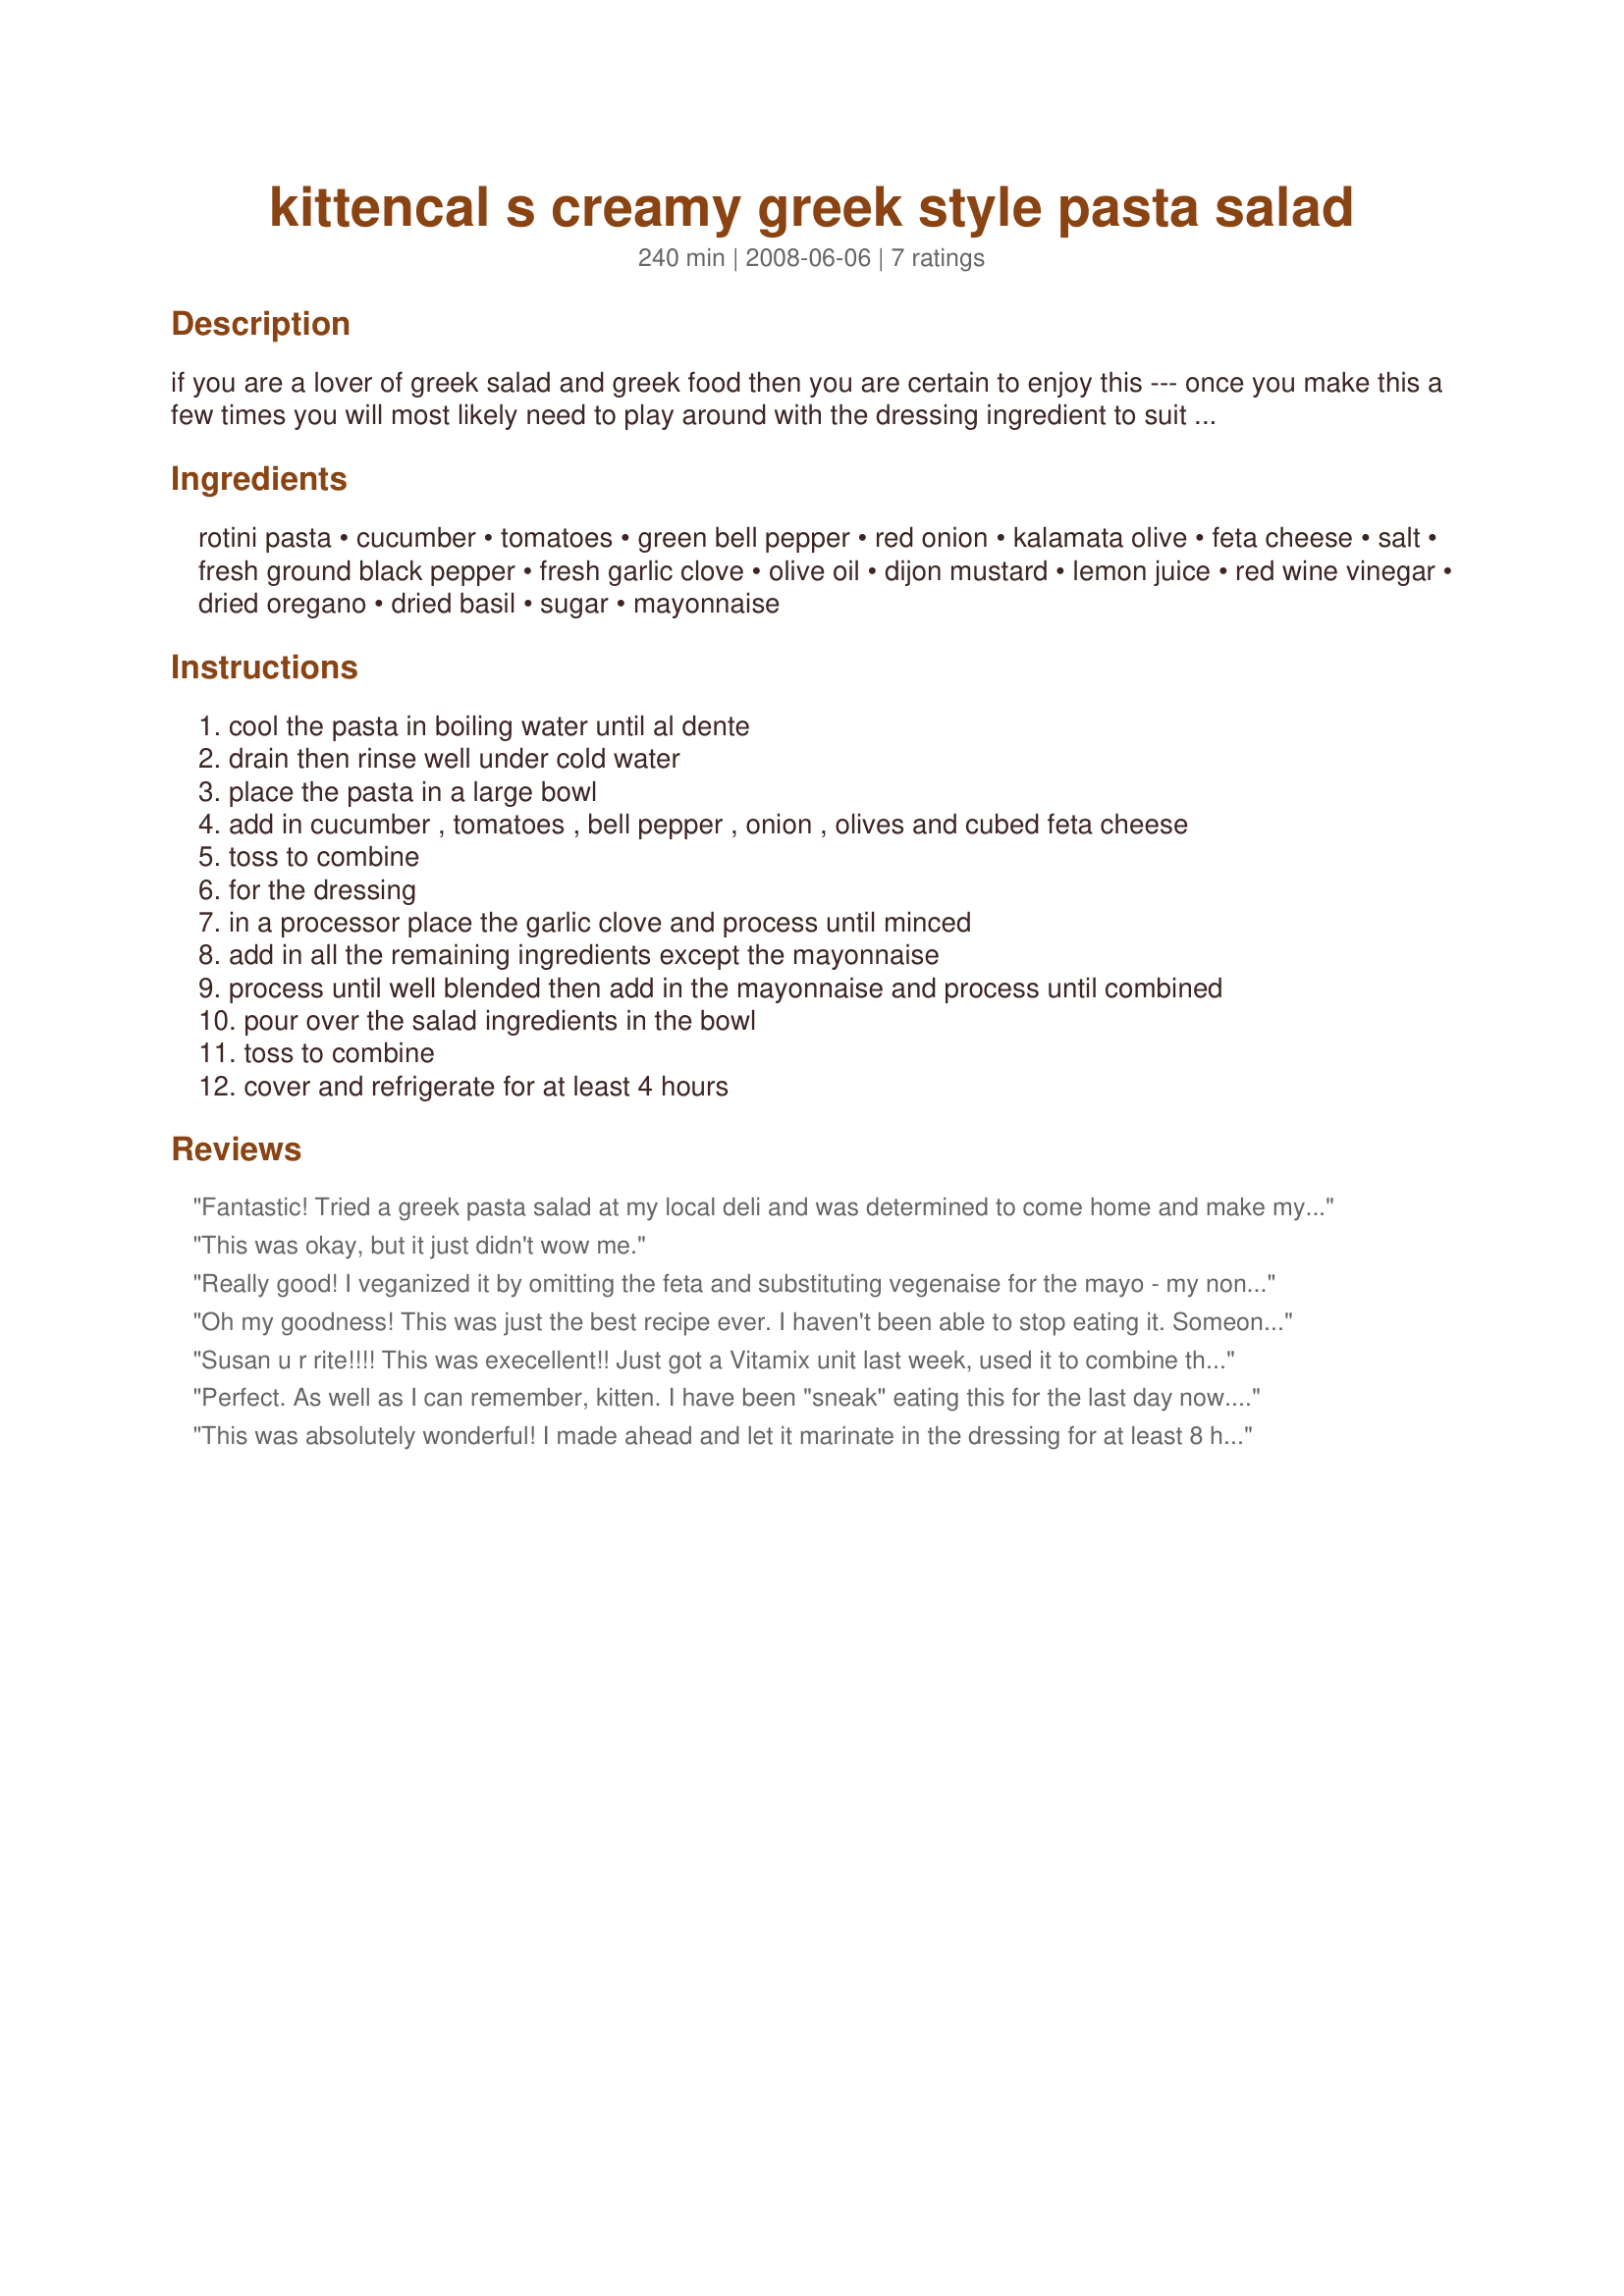
kittencal s creamy greek style pasta salad
Preparation time: 240 minutes

if you are a lover of greek salad and greek food then you are certain to enjoy this --- once you make this a few times you will most likely need to play around with the dressing ingredient to suit taste, i have listed 1/3 cup mayonnaise to be added to the dressing you may need to adjust the mayonnaise amount to desired creaminess after the salad is mixed --- plan ahead this salad needs to chill for at least 4 hours before serving

Ingredients:
rotini pasta, cucumber, tomatoes, green bell pepper, red onion, kalamata olive, feta cheese, salt, fresh ground black pepper, fresh garlic clove, olive oil, dijon mustard, lemon juice, red wine vinegar, dried oregano, dried basil, sugar, mayonnaise

Steps:
cool the pasta in boiling water until al dente, drain then rinse well under cold water, place the pasta in a large bowl, add in cucumber , tomatoes , bell pepper , onion , olives and cubed feta cheese, toss to combine, for the dressing, in a processor place the garlic clove and process until minced, add in all the remaining ingredients except the mayonnaise, process until well blended then add in the mayonnaise and process until combined, pour over the salad ingredients in the bowl, toss to combine, cover and refrigerate for at least 4 hours

Reviews:
Fantastic! Tried a greek pasta salad at my local deli and was determined to come home and make my own. This one is even better than what I tried! I went heavy on the garlic, mayo and pepper. Also used a penne pasta and roasted red bell pepper. Thank You!!!!
This was okay, but it just didn't wow me.
Really good! I veganized it by omitting the feta and substituting vegenaise for the mayo - my non-vegan husband sprinkled feta on his at the end. We ended up having to add more mayo the next day because it really dried out but that might be because I used quinoa pasta.
Oh my goodness! This was just the best recipe ever. I haven't been able to stop eating it. Someone dial 911!! The only things I did differently was to omit the olives, since I don't like them. Also I used a yellow pepper in place of the green, as green peppers don't like me. I used 1/2 cup of mayonnaise in the beginning with all the spices. I served mine with toasted and buttered ciabatta bread. Heaven! My husband thought it was a winner too. Try it, you'll like it!
Susan u r rite!!!! This was execellent!! Just got a Vitamix unit last week, used it to combine the dressing ingredients. Used only 2 tbsps of mayo thined with 3tbsps of pasta water. Also went back and made dressing again to marinate chicken breasts for me and the girls and salmon for my husband. Sent a "taste test" bowl to my mother she came over with her own bowl!! ( Kittencal I also make ur shortbreads, ur my best friend in my head)!
Perfect. As well as I can remember, kitten. I have been "sneak" eating this for the last day now. I made it early yesterday, putting the dressing, along with the olive, the bell pepper, and onion and let it sit. Well, let it sit and accidentally reduced the noodle part by 1/3 (because of noodle stealing) Yikes. Was thinking I needed to make up for the loss of noodle, but in the end, (today) finished by adding the rest of the ingredients this morning. Oh this is one wow-factor pasta salad. I couldn't stop eating it!! Bad Andi. Bad Andi. A++ Made for Photo Forum! April 2010 NOTE: Dressing is da-bomb!
This was absolutely wonderful! I made ahead and let it marinate in the dressing for at least 8 hrs. to give the pasta and veggies a chance to meld with the dressing. The flavors really blended well. The second day all I did was mix up a little extra dressing to throw on top at serving time, so it didn't soak in and make it too dry. I adore Greek food and this will be such a treat to have along with steaks, chicken, ribs, pork and burgers. Can't wait to have it again! Thanks for sharing with us Kittencal!
